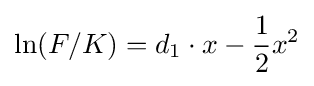
\ln(F/K)=d_{1}\cdot x-{\frac {1}{2}}x^{2}